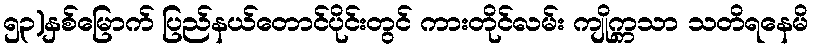
၅၃)နှစ်မြောက် ပြည်နယ်တောင်ပိုင်းတွင် ကားတိုင်လမ်း ကျိုက္ကသာ သတိရနေမိ